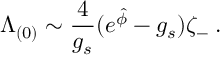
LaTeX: \Lambda _ { ( 0 ) } \sim { \frac { 4 } { g _ { s } } } ( e ^ { \hat { \phi } } - g _ { s } ) \zeta _ { - } \: .